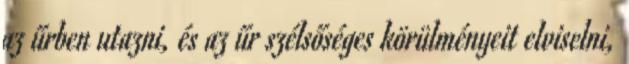
az űrben utazni, és az űr szélsőséges körülményeit elviselni,